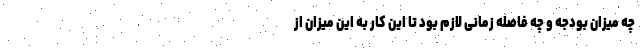
چه میزان بودجه و چه فاصله زمانی لازم بود تا این کار به این میزان از